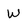
Character: W